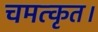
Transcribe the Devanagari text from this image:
चमत्कृत।